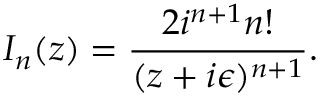
I _ { n } ( z ) = \frac { 2 i ^ { n + 1 } n ! } { ( z + i \epsilon ) ^ { n + 1 } } .